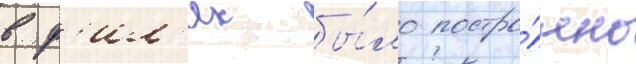
в ф'ил'ях бы́ло постро́ено